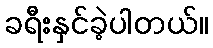
ခရီးနှင်ခဲ့ပါတယ်။